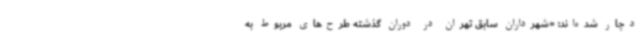
دچار شده‌اند: «شهرداران سابق تهران در دوران گذشته طرح‌های مربوط به